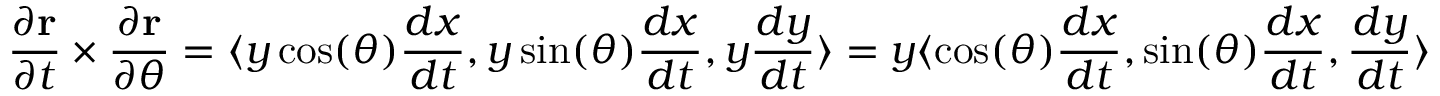
{ \frac { \partial \mathbf { r } } { \partial t } } \times { \frac { \partial \mathbf { r } } { \partial \theta } } = \langle y \cos ( \theta ) { \frac { d x } { d t } } , y \sin ( \theta ) { \frac { d x } { d t } } , y { \frac { d y } { d t } } \rangle = y \langle \cos ( \theta ) { \frac { d x } { d t } } , \sin ( \theta ) { \frac { d x } { d t } } , { \frac { d y } { d t } } \rangle